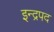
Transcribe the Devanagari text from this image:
इन्द्रपद